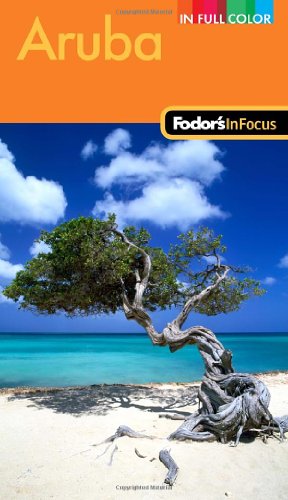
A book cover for Fodor's In Focus Aruba (Full-color Travel Guide); Fodor's; Travel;